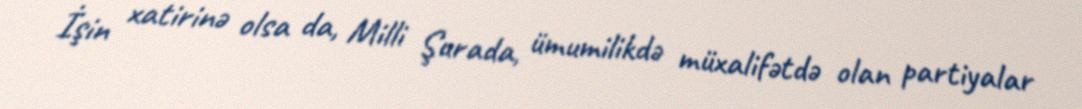
İşin xatirinə olsa da, Milli Şurada, ümumilikdə müxalifətdə olan partiyalar